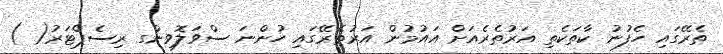
ތެރޭގައި ހެފުނު ކާތަކެތި އަރުތެރެއަށް އައުމުން އަރުތެރޭގައި ހުންނަ ސްވަލޮވިންގ ރިސެޕްޓަރު( )